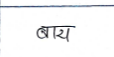
मजकूर: बाय